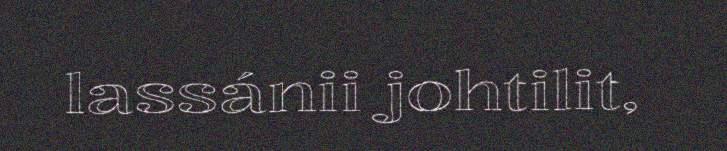
lassánii johtilit,